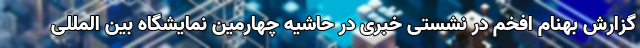
گزارش بهنام افخم در نشستی خبری در حاشیه چهارمین نمایشگاه بین المللی